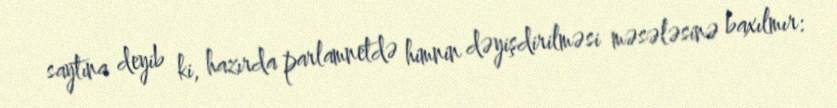
saytına deyib ki, hazırda parlamnetdə himnin dəyişdirilməsi məsələsinə baxılmır: